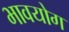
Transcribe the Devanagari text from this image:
भावयोग